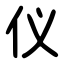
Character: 仪